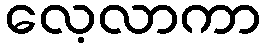
လေ့လာကာ